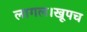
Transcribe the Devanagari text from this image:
लागल।खूपच